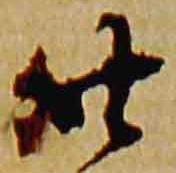
廿